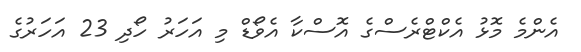
އެންމެ މޮޅު އެކްޓްރެސްގެ އޮސްކާ އެވޯޑް މި އަހަރު ހޯދި 23 އަހަރުގެ